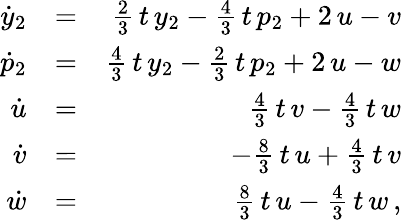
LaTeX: \begin{array}{rlr}{\dot{y}_{2}}&{=}&{\frac{2}{3}\, t\, y_{2}-\frac{4}{3}\, t\, p_{2}+2\, u-v}\\ {\dot{p}_{2}}&{=}&{\frac{4}{3}\, t\, y_{2}-\frac{2}{3}\, t\, p_{2}+2\, u-w}\\ {\dot{u}}&{=}&{\frac{4}{3}\, t\, v-\frac{4}{3}\, t\, w}\\ {\dot{v}}&{=}&{-\frac{8}{3}\, t\, u+\frac{4}{3}\, t\, v}\\ {\dot{w}}&{=}&{\frac{8}{3}\, t\, u-\frac{4}{3}\, t\, w\, ,}\end{array}